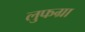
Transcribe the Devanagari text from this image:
लुफग्रा